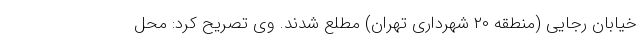
خیابان رجایی (منطقه ۲۰ شهرداری تهران) مطلع شدند. وی تصریح کرد: محل